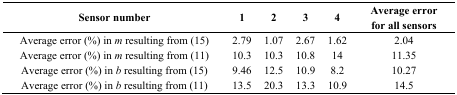
| Sensor number | 1 | 2 | 3 | 4 | Average error for all sensors |
 | --- | --- | --- | --- | --- | --- |
 | Average error (%) in m resulting from (15) | 2.79 | 1.07 | 2.67 | 1.62 | 2.04 |
 | Average error (%) in m resulting from (11) | 10.3 | 10.3 | 10.8 | 14 | 11.35 |
 | Average error (%) in b resulting from (15) | 9.46 | 12.5 | 10.9 | 8.2 | 10.27 |
 | Average error (%) in b resulting from (11) | 13.5 | 20.3 | 13.3 | 10.9 | 14.5 |